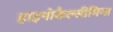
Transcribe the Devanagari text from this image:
हाइपोकैल्सीमिया